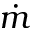
\dot { m }